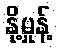
နို့မှုန့်